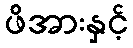
ဖိအားနှင့်